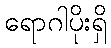
ရောဂါပိုးရှိ